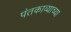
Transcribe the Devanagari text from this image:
पंतकाव्याच्या